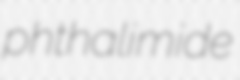
phthalimide